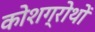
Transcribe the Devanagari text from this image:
कोशग्रोथों